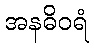
အနဓိဝရံ